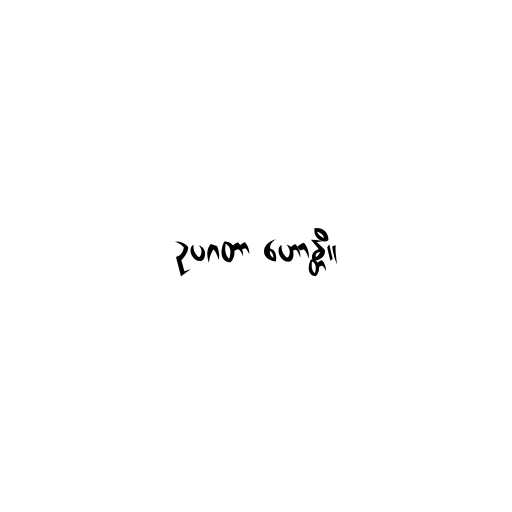
ဥပဂတာ ဟောန္တိ။